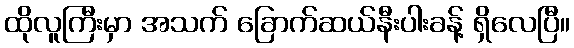
ထိုလူကြီးမှာ အသက် ခြောက်ဆယ်နီးပါးခန့် ရှိလေပြီ။